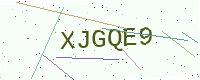
Text: XJGQE9